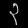
Digit: ၃